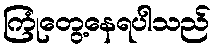
ကြုံတွေ့နေရပါသည်